[Report on the health of British troops in the Madras command]
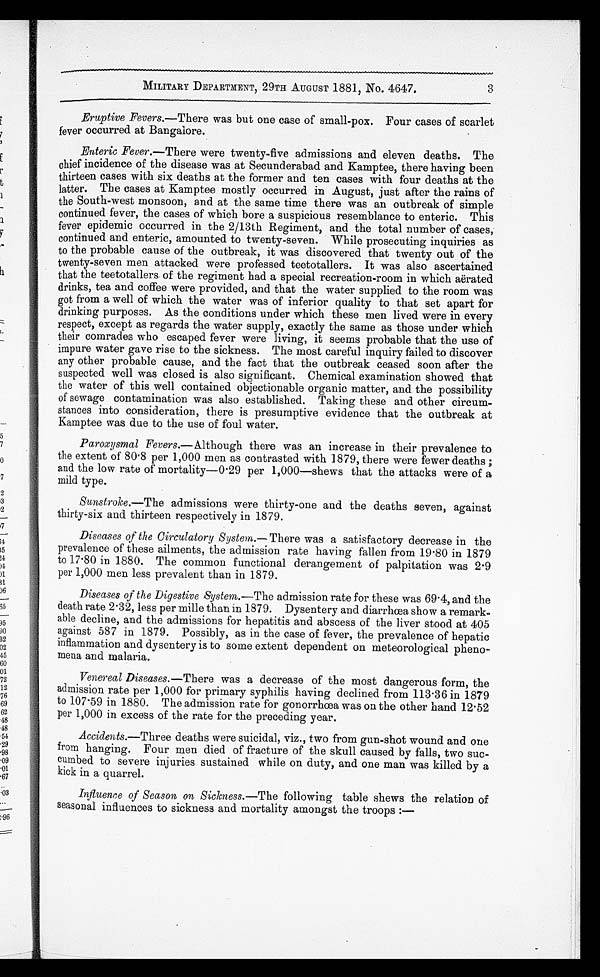
MILITARY DEPARTMENT, 29TH AUGUST 1881, No. 4647.
3
Eruptive Fevers.—There was but one case of small-pox. Four cases of scarlet
fever occurred at Bangalore.
Enteric Fever.—There were twenty-five admissions and eleven deaths. The
chief incidence of the disease was at Secunderabad and Kamptee, there having been
thirteen cases with six deaths at the former and ten cases with four deaths at the
latter. The cases at Kamptee mostly occurred in August, just after the rains of
the South-west monsoon, and at the same time there was an outbreak of simple
continued fever, the cases of which bore a suspicious resemblance to enteric. This
fever epidemic occurred in the 2/13th Regiment, and the total number of cases,
continued and enteric, amounted to twenty-seven. While prosecuting inquiries as
to the probable cause of the outbreak, it was discovered that twenty out of the
twenty-seven men attacked were professed teetotallers. It was also ascertained
that the teetotallers of the regiment had a special recreation-room in which aërated
drinks, tea and coffee were provided, and that the water supplied to the room was
got from a well of which the water was of inferior quality to that set apart for
drinking purposes. As the conditions under which these men lived were in every
respect, except as regards the water supply, exactly the same as those under which
their comrades who escaped fever were living, it seems probable that the use of
impure water gave rise to the sickness. The most careful inquiry failed to discover
any other probable cause, and the fact that the outbreak ceased soon after the
suspected well was closed is also significant. Chemical examination showed that
the water of this well contained objectionable organic matter, and the possibility
of sewage contamination was also established. Taking these and other circum
- s t a n c e s i n t o c o n s i d e r a t i o n , t h e r e i s p r e s u m p t i v e e v i d e n c e t h a t t h e o u t b r e a k a t
Kamptee was due to the use of foul water.
Paroxysmal Fevers.—Although there was an increase in their prevalence to
the extent of 80.8 per 1,000 men as contrasted with 1879, there were fewer deaths;
and the low rate of mortality—0.29 per 1,000—shews that the attacks were of a
mild type.
Sunstroke.—The admissions were thirty-one and the deaths seven, against
thirty-six and thirteen respectively in 1879.
Diseases of the Circulatory System.— There was a satisfactory decrease in the
prevalence of these ailments, the admission rate having fallen from 19.80 in 1879
to 17.80 in 1880. The common functional derangement of palpitation was 2.9
per 1,000 men less prevalent than in 1879.
Diseases of the Digestive System.— The admission rate for these was 69.4, and the
death rate 2.32, less per mille than in 1879. Dysentery and diarrhœa show a remark
- a b l e d e c l i n e , a n d t h e a d m i s s i o n s f o r h e p a t i t i s a n d a b s c e s s o f t h e l i v e r s t o o d a t 4 0 5
against 587 in 1879. Possibly, as in the case of fever, the prevalence of hepatic
inflammation and dysentery is to some extent dependent on meteorological pheno
- m e n a a n d m a l a r i a .
Venereal Diseases. —There was a decrease of the most dangerous form, the
admission rate per 1,000 for primary syphilis having declined from 113.36 in 1879
to 107.59 in 1880. The admission rate for gonorrhœa was on the other hand 12.52
per 1,000 in excess of the rate for the preceding year.
Accidents.—Three deaths were suicidal, viz., two from gun-shot wound and one
from hanging. Four men died of fracture of the skull caused by falls, two suc
- c u m b e d t o s e v e r e i n j u r i e s s u s t a i n e d w h i l e o n d u t y , a n d o n e m a n w a s k i l l e d b y a
kick in a quarrel.
Influence of Season on Sickness.— The following table shews the relation of
seasonal influences to sickness and mortality amongst the troops:—